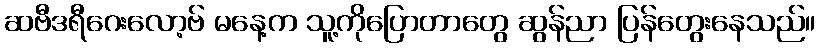
ဆဗီဒရီဂေးလော့ဗ် မနေ့က သူ့ကိုပြောတာတွေ ဆွန်ညာ ပြန်တွေးနေသည်။